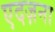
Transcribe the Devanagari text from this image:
एदज़ना